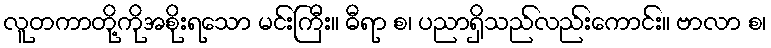
လူတကာတို့ကိုအစိုးရသော မင်းကြီး။ ဓီရာ စ၊ ပညာရှိသည်လည်းကောင်း။ ဗာလာ စ၊